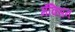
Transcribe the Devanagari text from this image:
मॅक्सिन